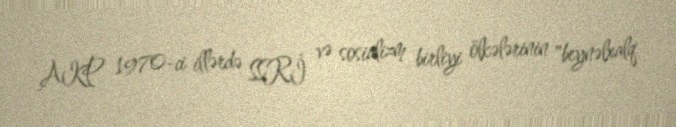
AKP 1970-ci illərdə SSRİ və sosializm birliyi ölkələrinin "beynəlxalq